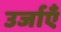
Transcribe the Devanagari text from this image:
उर्जाएँ